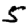
Digit: 5